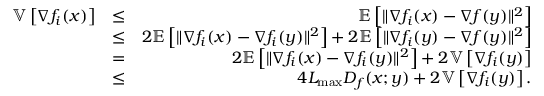
\begin{array} { r l r } { \mathbb { V } \left[ \nabla f _ { i } ( x ) \right] } & { \leq } & { \mathbb { E } \left[ \Vert \nabla f _ { i } ( x ) - \nabla f ( y ) \Vert ^ { 2 } \right] } \\ & { \leq } & { 2 \mathbb { E } \left[ \Vert \nabla f _ { i } ( x ) - \nabla f _ { i } ( y ) \Vert ^ { 2 } \right] + 2 \mathbb { E } \left[ \Vert \nabla f _ { i } ( y ) - \nabla f ( y ) \Vert ^ { 2 } \right] } \\ & { = } & { 2 \mathbb { E } \left[ \Vert \nabla f _ { i } ( x ) - \nabla f _ { i } ( y ) \Vert ^ { 2 } \right] + 2 \mathbb { V } \left[ \nabla f _ { i } ( y ) \right] } \\ & { \leq } & { 4 L _ { \operatorname* { m a x } } D _ { f } ( x ; y ) + 2 \mathbb { V } \left[ \nabla f _ { i } ( y ) \right] . } \end{array}